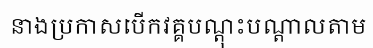
នាងប្រកាសបើកវគ្គបណ្តុះបណ្តាលតាម